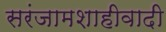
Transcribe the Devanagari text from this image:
सरंजामशाहीवादी